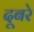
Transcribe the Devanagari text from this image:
दूबरे